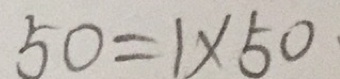
5 0 = 1 \times 5 0